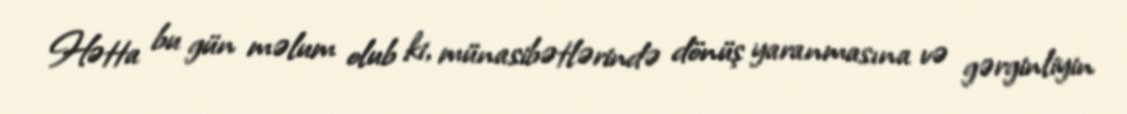
Hətta bu gün məlum olub ki, münasibətlərində dönüş yaranmasına və gərginliyin